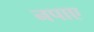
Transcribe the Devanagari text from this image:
नपाए